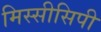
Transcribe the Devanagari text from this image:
मिस्सीसिपी